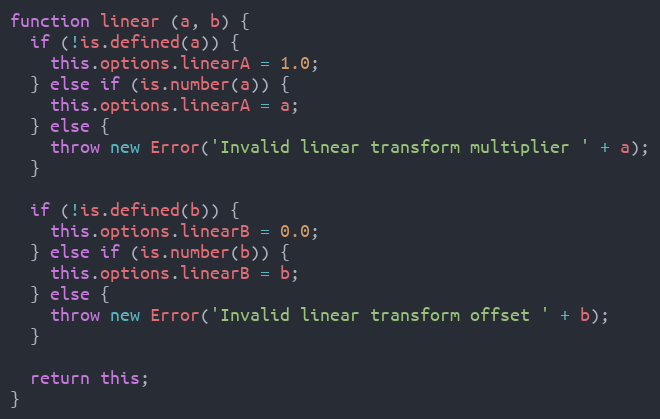
Language: JavaScript
function linear (a, b) {
  if (!is.defined(a)) {
    this.options.linearA = 1.0;
  } else if (is.number(a)) {
    this.options.linearA = a;
  } else {
    throw new Error('Invalid linear transform multiplier ' + a);
  }

  if (!is.defined(b)) {
    this.options.linearB = 0.0;
  } else if (is.number(b)) {
    this.options.linearB = b;
  } else {
    throw new Error('Invalid linear transform offset ' + b);
  }

  return this;
}